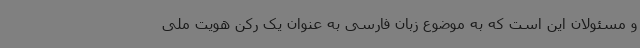
و مسئولان این است که به موضوع زبان فارسی به عنوان یک رکن هویت ملی